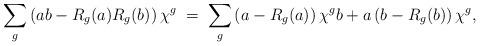
LaTeX: \begin{align*}\sum_g \left( ab - R_g(a) R_g(b)\right) \chi^g \; = \; \sum_g\left(a- R_g(a)\right) \chi^g b + a \left(b -R_g(b) \right) \chi^g,\end{align*}